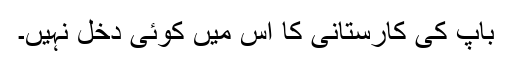
باپ کی کارستانی کا اس میں کوئی دخل نہیں۔